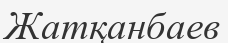
Жатқанбаев